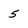
Character: 5